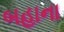
બહાના